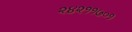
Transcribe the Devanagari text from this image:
२४२११७०१